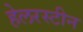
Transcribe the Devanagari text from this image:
हेलरस्टीन